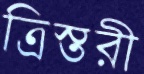
ত্রিস্তরী